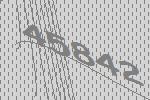
45842